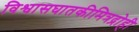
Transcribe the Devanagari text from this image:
विश्वासघातकीमित्रद्रोही